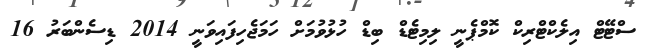
ސްޓޭޓް އިލެކްޓްރިކް ކޮމްޕެނީ ލިމިޓެޑް ބިޑް ހުޅުވުމަށް ހަމަޖެހިފައިވަނީ 2014 ޑިސެންބަރު 16